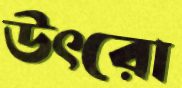
উৎরো